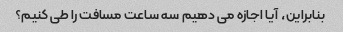
بنابراین، آیا اجازه می دهیم سه ساعت مسافت را طی کنیم؟